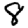
Digit: 8